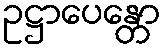
ဥဋ္ဌာပေန္တော